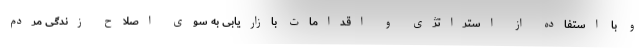
و با استفاده از استراتژی و اقدامات بازاریابی به سوی اصلاح زندگی مردم